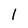
Character: 1